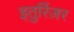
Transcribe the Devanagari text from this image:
इतुर्रिज़र